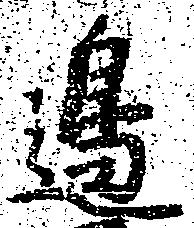
辺